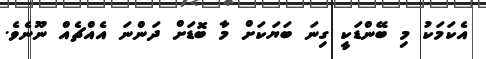
އެކަމަކު މި ބޭންޑަކީ ގިނަ ބަޔަކަށް މާ ބޮޑަށް ދަންނަ އެއްޗެއް ނޫނެވެ.